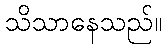
သိသာနေသည်။